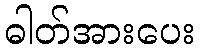
ဓါတ်အားပေး